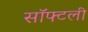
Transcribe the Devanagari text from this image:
सॉफ्टली